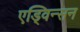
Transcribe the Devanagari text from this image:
एड्विन्सन